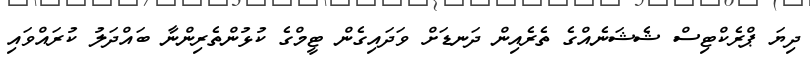
ދިޔަ ޕްރެކްޓިސް ޝެޝަނެއްގެ ތެރެއިން ދަނޑަށް ވަދައިގެން ޓީމްގެ ކުޅުންތެރިންނާ ބައްދަލު ކުރައްވައި